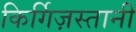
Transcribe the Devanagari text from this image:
किर्गिज़स्तानी